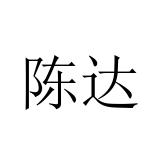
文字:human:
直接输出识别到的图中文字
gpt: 陈达